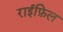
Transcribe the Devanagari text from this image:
राईफ़िल